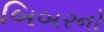
બિબરનો